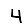
Digit: 4